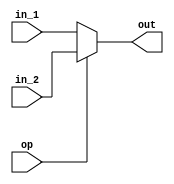
`timescale 1ns / 1ps
module MUX_2(
    input op,
	 input [31:0] in_1,
	 input [31:0] in_2,
	 output [31:0] out
	 );
	 assign out = (op == 0)?in_1:in_2;

endmodule


module MUX_4(
    input [1:0] op,
	 input [31:0] in_1,
	 input [31:0] in_2,
	 input [31:0] in_3,
	 input [31:0] in_4,
	 output [31:0] out
	 );
	 assign out = (op == 2'b00)?in_1:
	              (op == 2'b01)?in_2:
					  (op == 2'b10)?in_3:
					  in_4;

endmodule